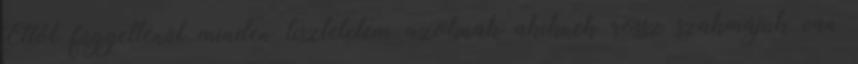
Ettől függetlenül minden tiszteletem azoknak akiknek rossz szakmájuk van